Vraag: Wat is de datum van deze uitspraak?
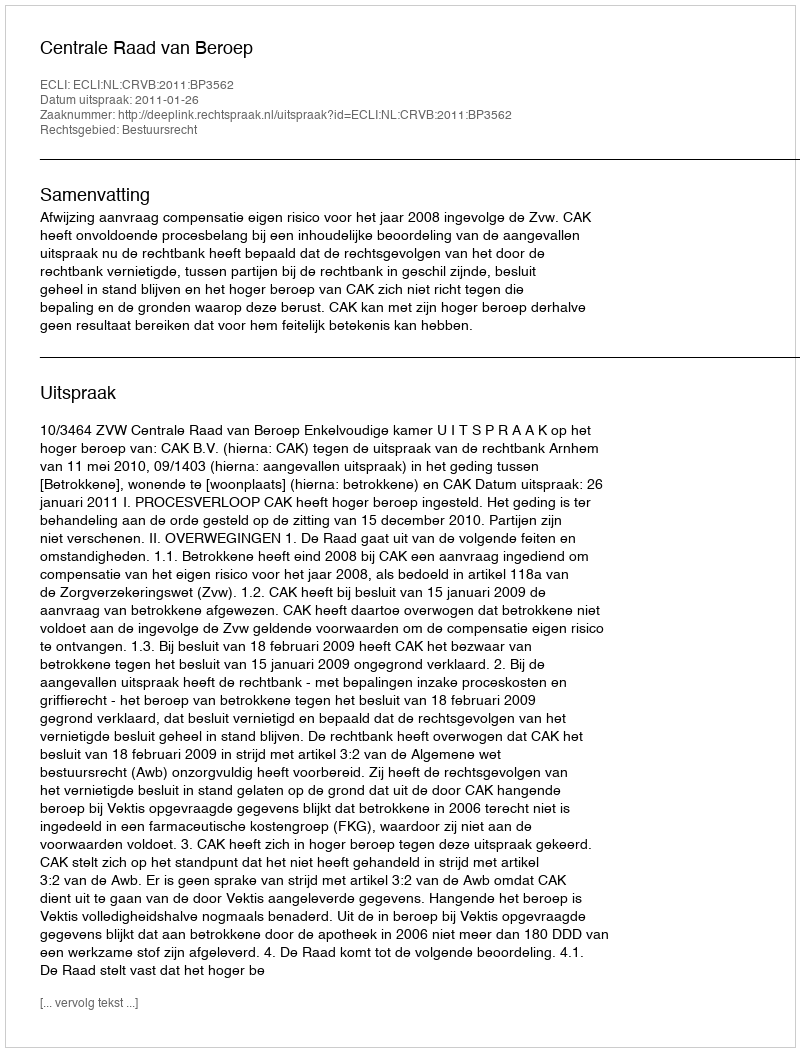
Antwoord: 2011-01-26